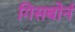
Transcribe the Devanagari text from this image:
गिसबोर्न